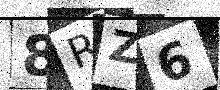
Text: 8RZ6